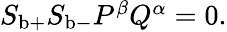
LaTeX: \begin{array}{r}{S_{\mathrm{b}+}S_{\mathrm{b}-}P^{\beta}Q^{\alpha}=0.}\end{array}